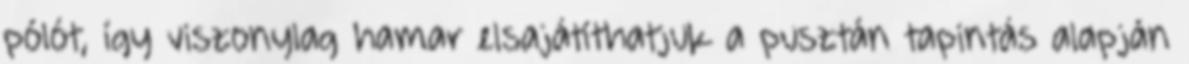
pólót, így viszonylag hamar elsajátíthatjuk a pusztán tapintás alapján